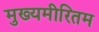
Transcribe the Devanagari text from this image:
मुख्यमीरितम